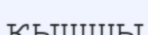
қышшы